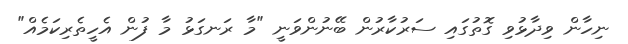
ނިހާން ވިދާޅުވި ގޮތުގައި ސަރުކާރުން ބޭނުންވަނީ "މާ ރަނގަޅު މާ ފުން އެހީތެރިކަމެއް"